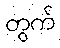
တွက်